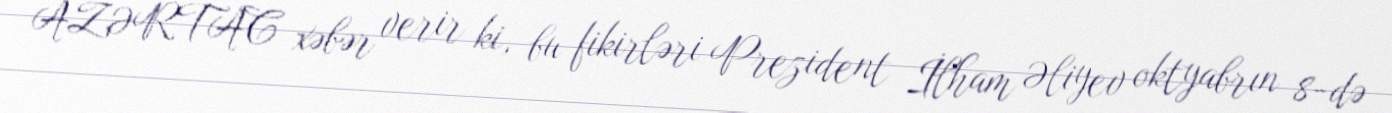
AZƏRTAC xəbər verir ki, bu fikirləri Prezident İlham Əliyev oktyabrın 8-də